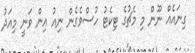
ގިނައެއް ނޫން މި މެޗުގެ ޓިކެޓު ހުސްވެގެން ނިއު އިން ވަނީ މިއަދު